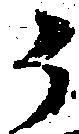
ク